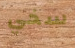
سخي